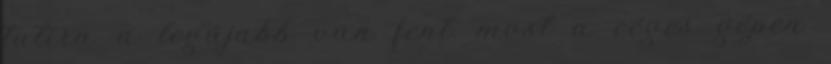
tutira a legújabb van fent. most a céges gépen